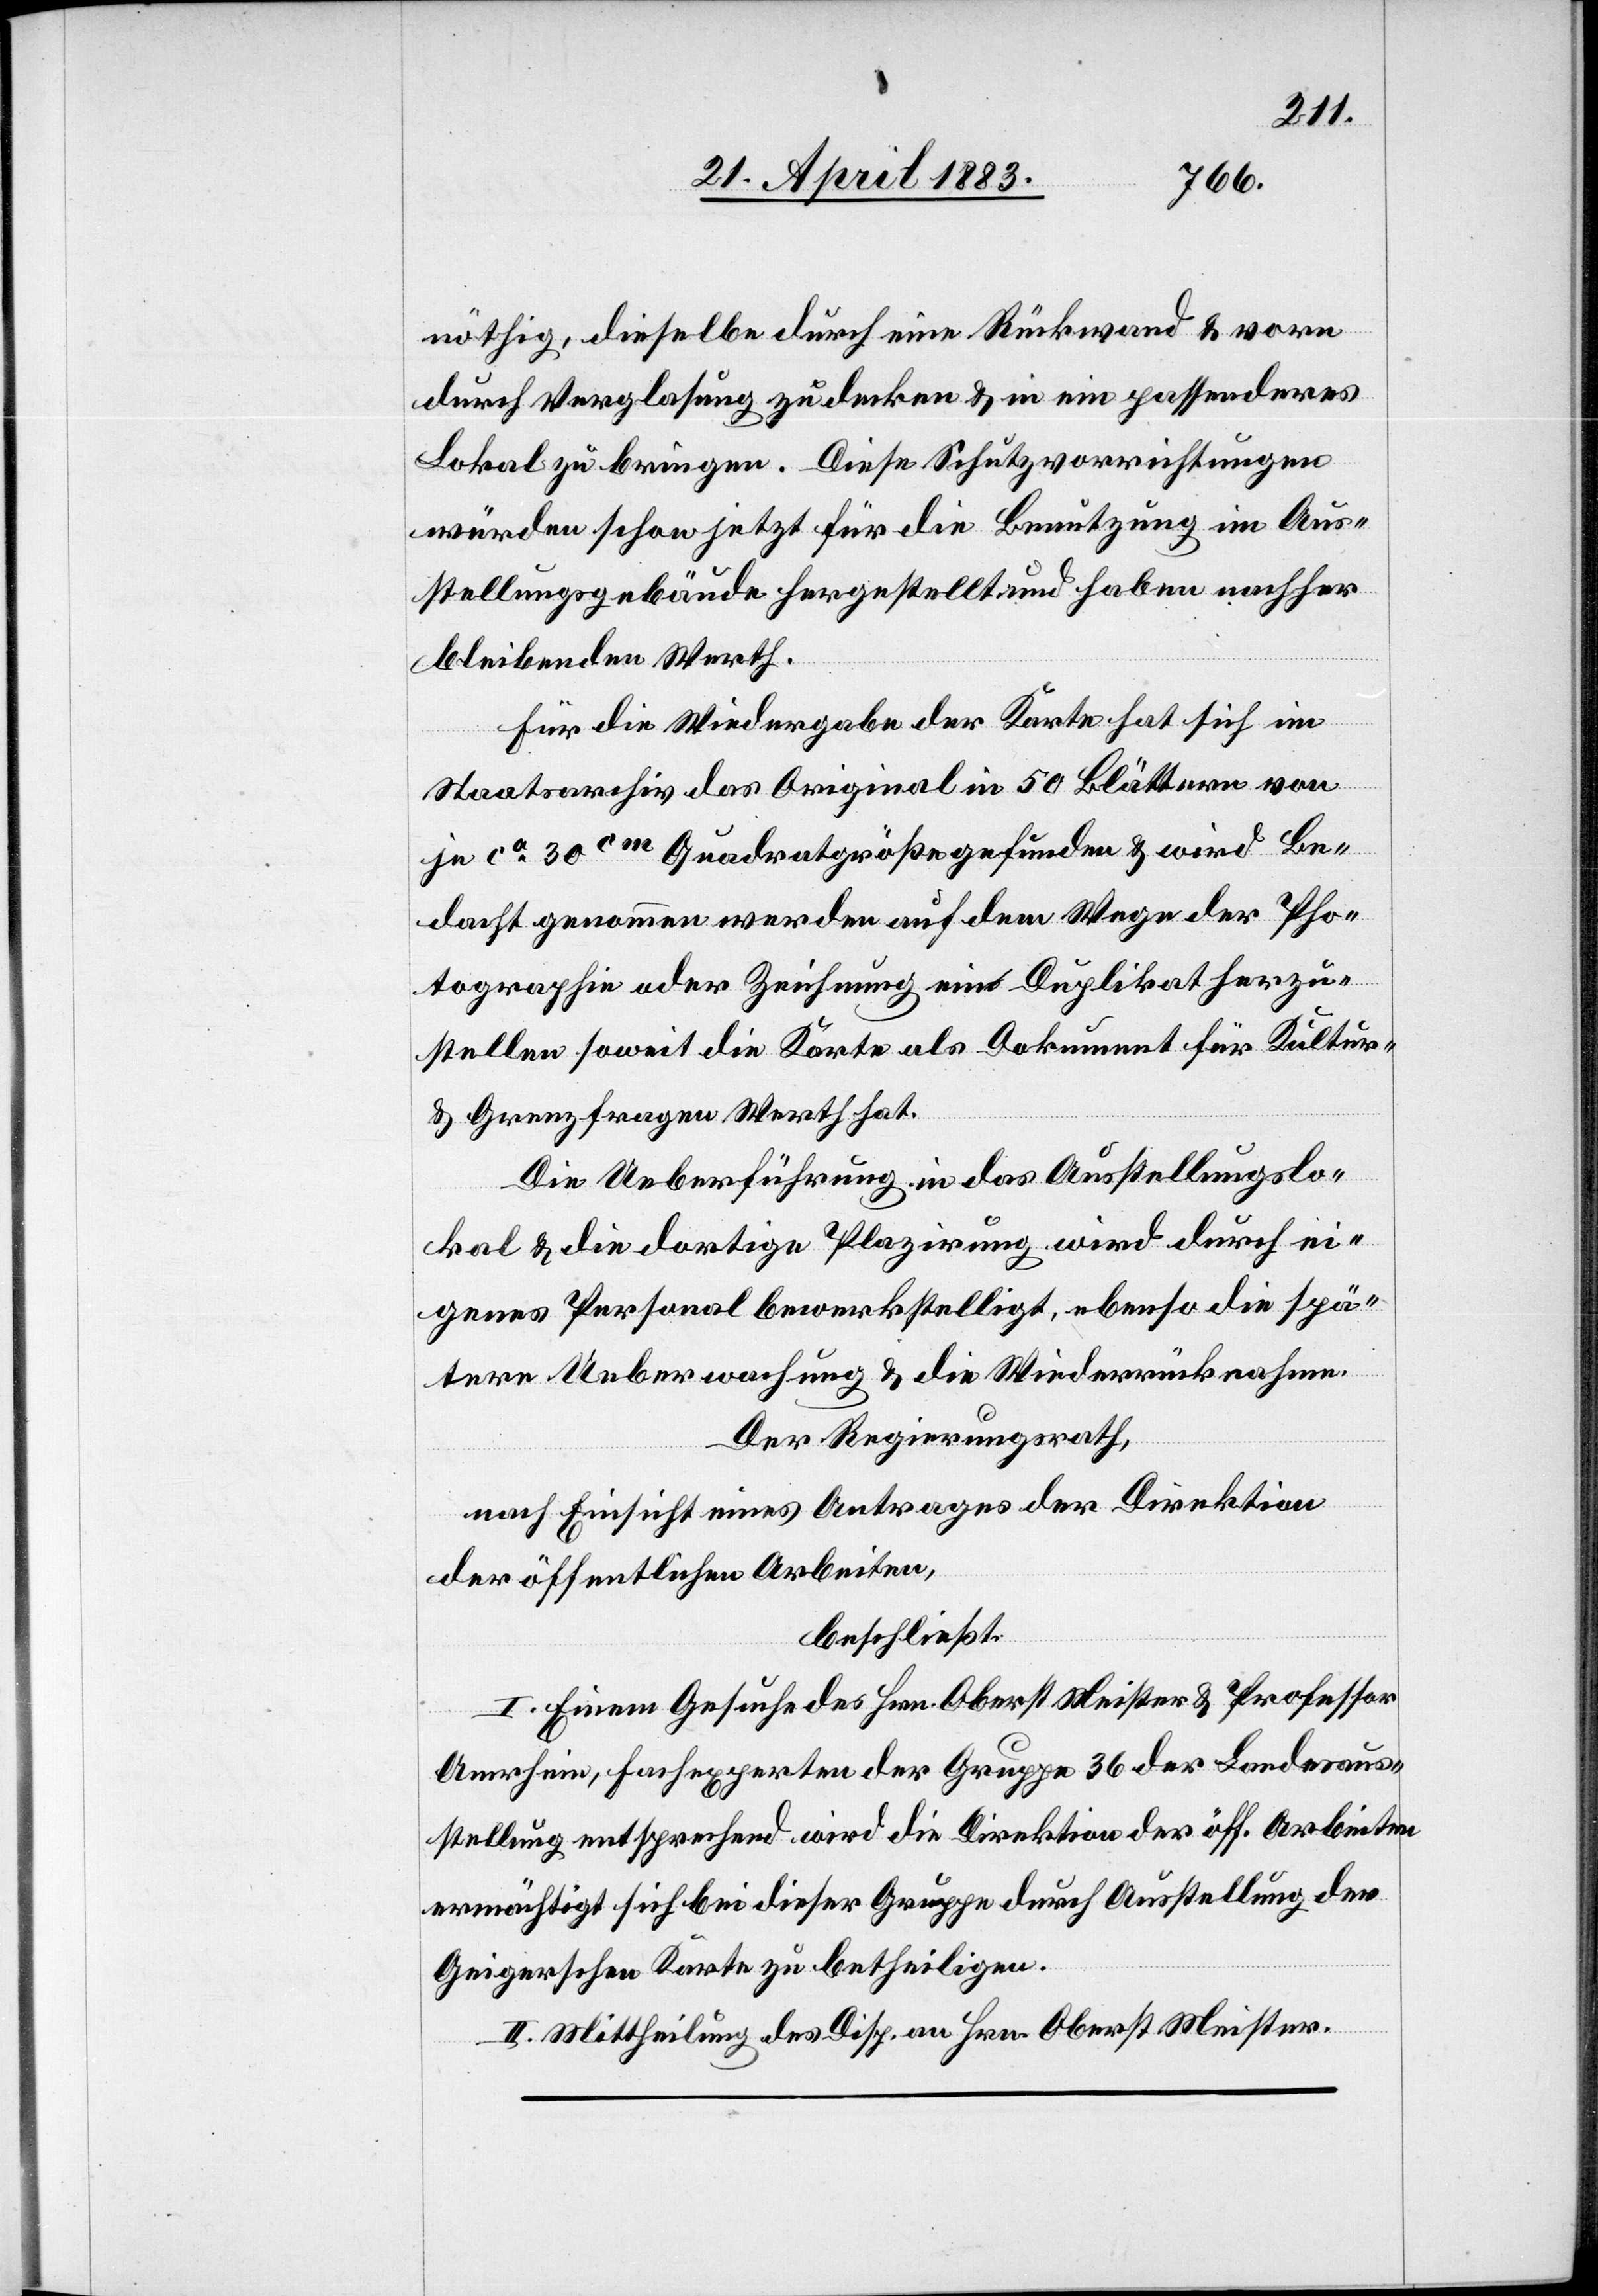
nöthig, dieselbe durch eine Rückwand & vorn
durch Verglasung zu decken & in ein passenderes
Lokal zu bringen. Diese Schutzvorrichtungen
würden schon jetzt für die Benutzung im Aus¬
stellungsgebäude hergestellt und haben nachher
bleibenden Werth.
Für die Wiedergabe der Karte hat sich im
Staatsarchiv das Original in 50 Blättern von
je ca 30cm Quadratgröße gefunden & wird Be¬
dacht genommen werden auf dem Wege der Pho¬
tographie oder Zeichnung mit Duplikat herzu¬
stellen soweit die Karte als Dokument für Kultur-
& Grenzfragen Werth hat.
Die Ueberführung in das Ausstellungslo¬
kal & die dortige Plazirung wird durch ei¬
genes Personal bewerkstelligt, ebenso die spä¬
tere Ueberwachung & die Wiederrücknahme.
Der Regierungsrath,
nach Einsicht eines Antrages der Direktion
der öffentlichen Arbeiten,
beschließt:
I. Einem Gesuche des Hrn. Oberst Meister & Professor
beiten
Amrhein, Fachexperten der Gruppe 36 der öff. Ar¬
ermächtigt sich bei dieser Gruppe durch Ausstellung der
Geigerschen Karte zu betheiligen.
II. Mittheilung des Disp. an Hrn. Oberst Meister.